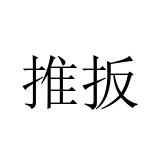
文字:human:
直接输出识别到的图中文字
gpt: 推扳